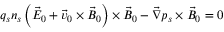
q _ { s } n _ { s } \left( \vec { E } _ { 0 } + \vec { v } _ { 0 } \times \vec { B } _ { 0 } \right) \times \vec { B } _ { 0 } - \vec { \nabla } p _ { s } \times \vec { B } _ { 0 } = 0